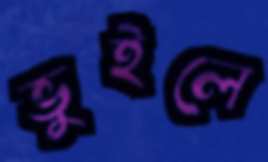
ভুইলে